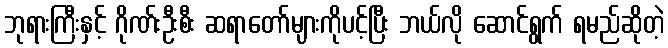
ဘုရားကြီးနှင့် ဂိုဏ်းဦးစီး ဆရာတော်များကိုပင့်ပြီး ဘယ်လို ဆောင်ရွက် ရမည်ဆိုတဲ့